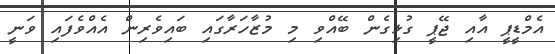
އެމްޑީޕީ އާއި ޖޭޕީ ގުޅިގެން ބޭއްވި މި މުޒާހަރާގައި ބައިވެރިން އެއްވެފައި ވަނީ